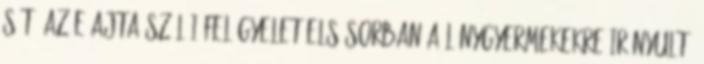
Sőt, az eﬀajta szülői felügyelet elsősorban a lánygyermekekre irányult,